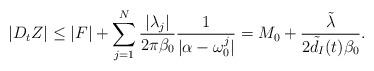
LaTeX: \begin{align*}|D_tZ|\leq |F|+\sum_{j=1}^N \frac{|\lambda_j|}{2\pi \beta_0}\frac{1}{|\alpha-\omega_0^j|}= M_0+\frac{\tilde{\lambda}}{ 2\tilde{d}_I(t)\beta_0}.\end{align*}